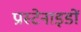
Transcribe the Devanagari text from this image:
प्रास्टेनाइडों